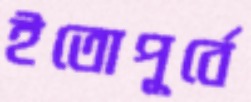
ইতোপূর্বে